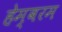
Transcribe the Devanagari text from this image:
हेम्बरम